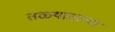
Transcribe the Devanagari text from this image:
तळ्यातल्या